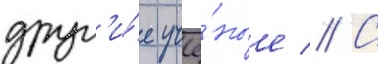
друг'и́е учё́ные // С